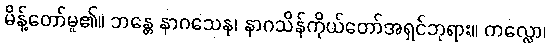
မိန့်တော်မူ၏။ ဘန္တေ နာဂသေန၊ နာဂသိန်ကိုယ်တော်အရှင်ဘုရား။ ကလ္လော၊